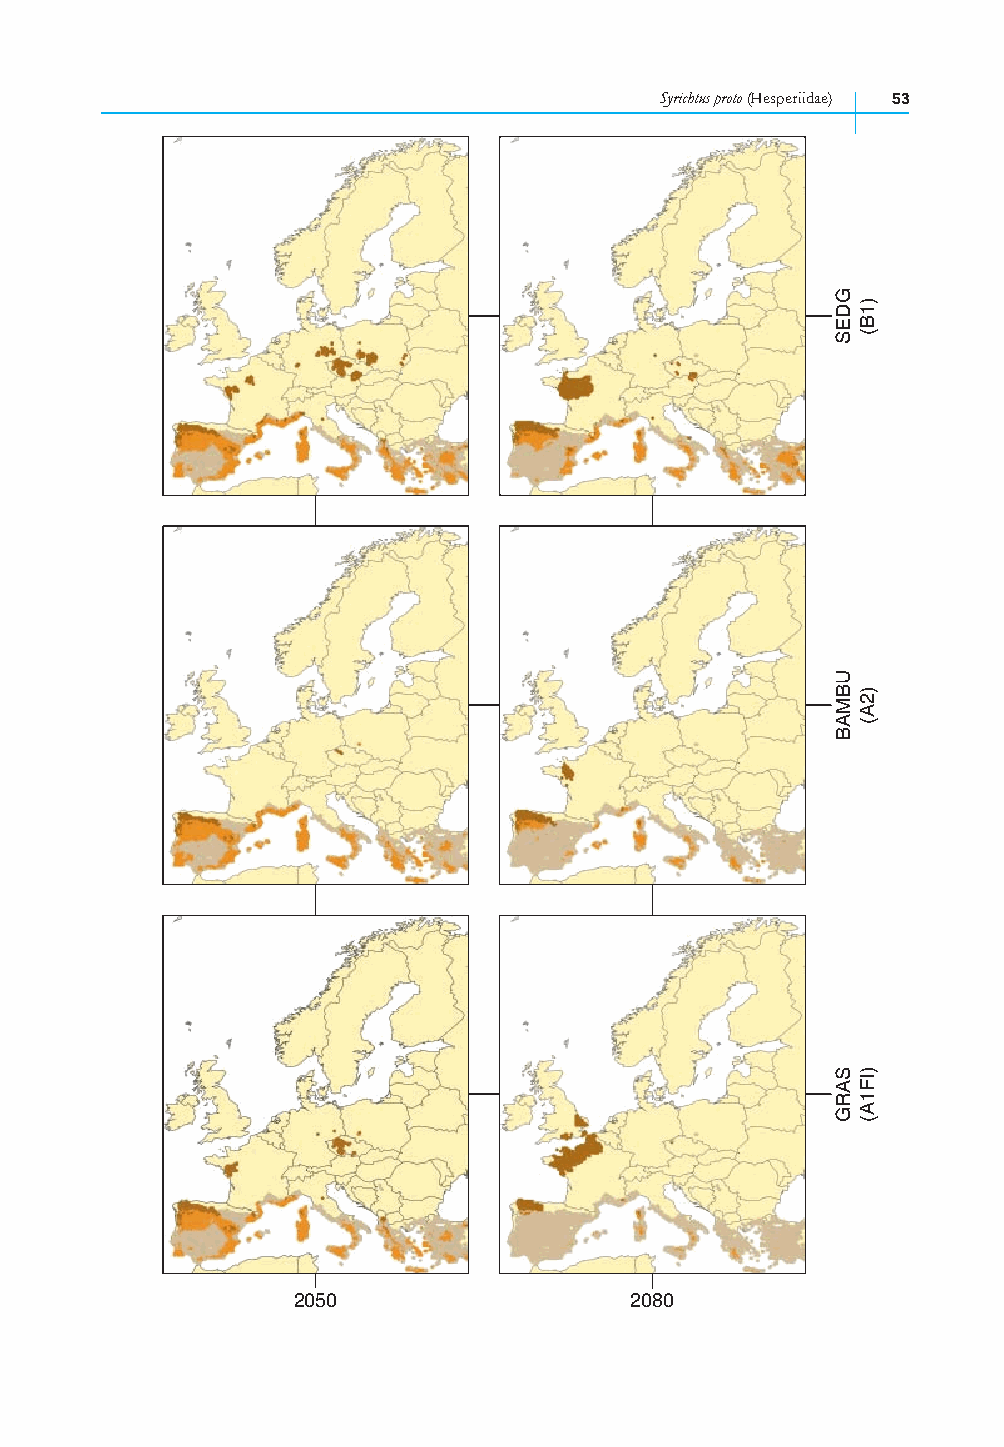
Syrichtus proto (Hesperiidae) 53
 2050                   2080
 GDES
 UBMAB
 SARG
 )1B(
 )2A(
 )IF1A(